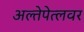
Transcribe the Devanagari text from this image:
अल्तेपेत्लवर